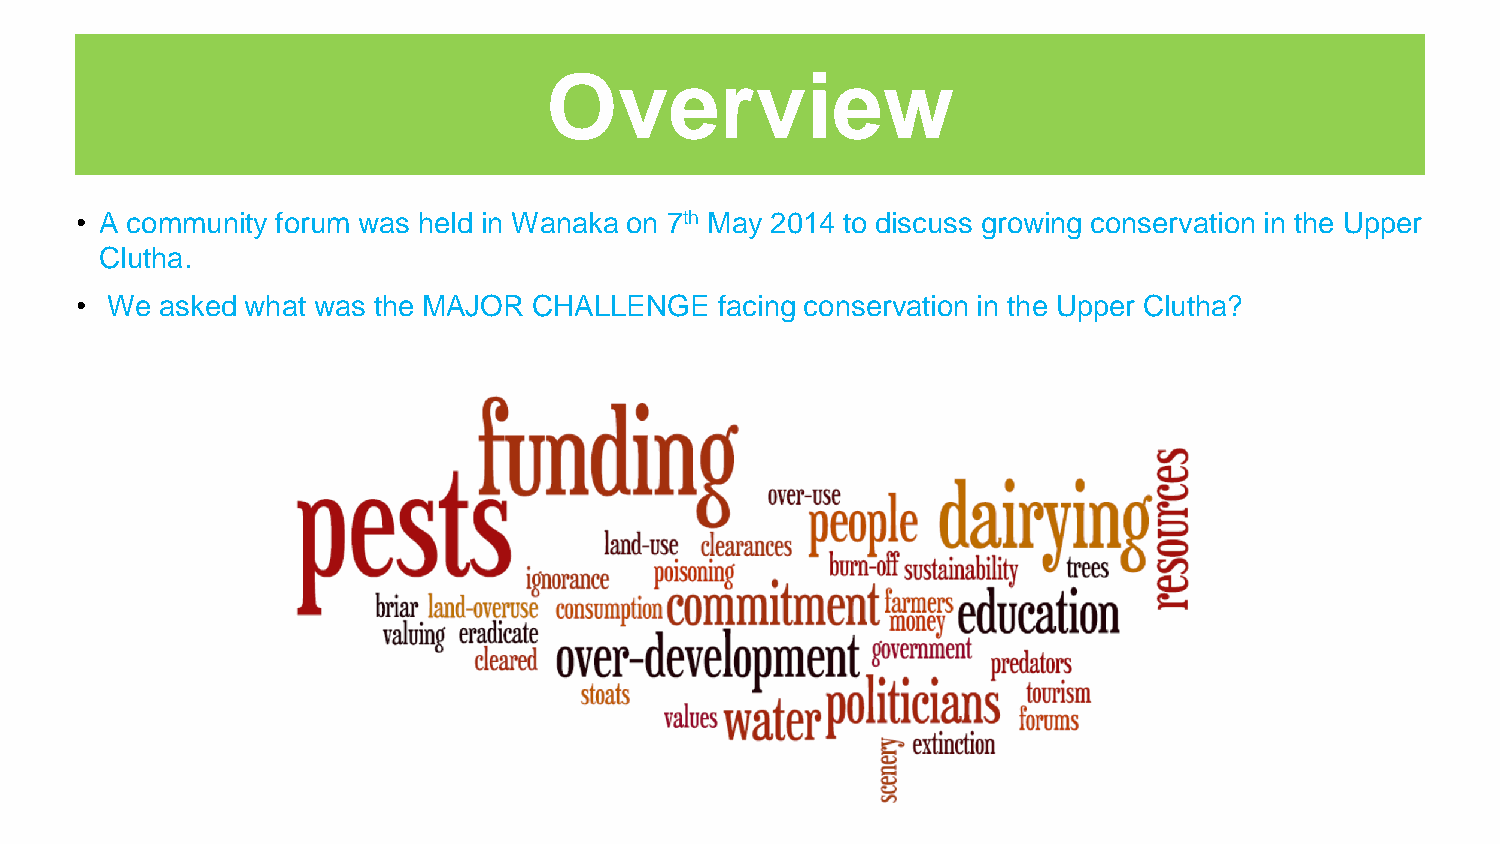
Overview
 • A community forum was held in Wanaka on 7th May 2014 to discuss growing conservation in the Upper
 Clutha.
 • We  asked what was the MAJOR CHALLENGE   facing conservation in the Upper Clutha?